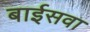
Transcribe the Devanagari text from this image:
बाईसवा